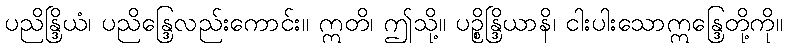
ပညိန္ဒြိယံ၊ ပညိန္ဒြေလည်းကောင်း။ ဣတိ၊ ဤသို့။ ပဉ္စိန္ဒြိယာနိ၊ ငါးပါးသောဣန္ဒြေတို့ကို။